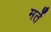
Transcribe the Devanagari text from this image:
मर्ते